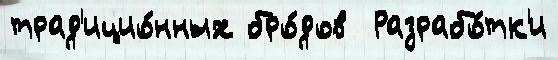
трад'ицио́нных бро́дов  Разрабо́тк'и